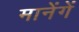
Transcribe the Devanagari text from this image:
मानेंगें